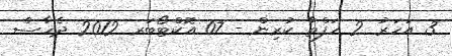
3 އަހަރު 2 ހަފްތާ ކުރިން - 07 އޮކްޓޯބަރ 2012 ދެހާސް